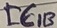
Text: IC1B